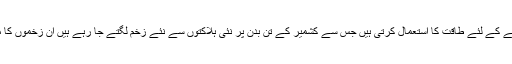
بھارتی فورسز عوامی نا راضی کو دبانے کے لئے طاقت کا استعمال کرتی ہیں جس سے کشمیر کے تن بدن پر نئی ہلاکتوں سے نئے زخم لگتے جا رہے ہیں ان زخموں کا مطلب ایک نئی جدوجہد کا خام مال ہے۔